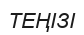
ТЕҢІЗІ